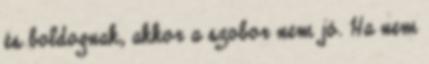
és boldognak, akkor a szobor nem jó. Ha nem